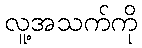
လူ့အသက်ကို